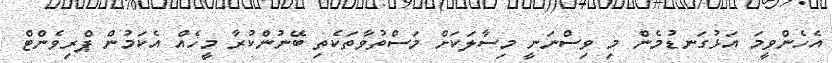
އެހެންވީމަ އަޅުގަނޑުމެން މި ވިސްނަނީ މިސާލަކަށް މަސްތުވާތަކެތި ބޭނުންކުރާ މީހެއް އެކަމުން ޕްރިވެންޓް